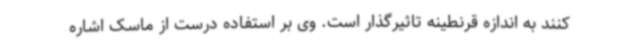
کنند به اندازه قرنطینه تاثیرگذار است. وی بر استفاده درست از ماسک اشاره